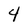
Character: 4